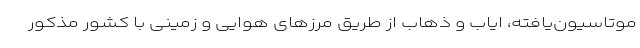
موتاسیون‌یافته، ایاب و ذهاب از طریق مرزهای هوایی و زمینی با کشور مذکور